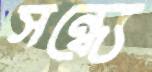
সন্ধ্যে